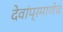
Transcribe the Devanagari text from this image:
देवांप्रमाणेच